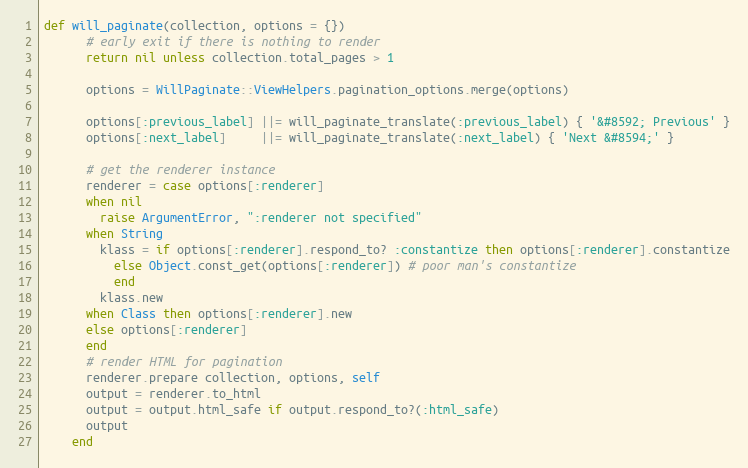
Language: Ruby
def will_paginate(collection, options = {})
      # early exit if there is nothing to render
      return nil unless collection.total_pages > 1

      options = WillPaginate::ViewHelpers.pagination_options.merge(options)

      options[:previous_label] ||= will_paginate_translate(:previous_label) { '&#8592; Previous' }
      options[:next_label]     ||= will_paginate_translate(:next_label) { 'Next &#8594;' }

      # get the renderer instance
      renderer = case options[:renderer]
      when nil
        raise ArgumentError, ":renderer not specified"
      when String
        klass = if options[:renderer].respond_to? :constantize then options[:renderer].constantize
          else Object.const_get(options[:renderer]) # poor man's constantize
          end
        klass.new
      when Class then options[:renderer].new
      else options[:renderer]
      end
      # render HTML for pagination
      renderer.prepare collection, options, self
      output = renderer.to_html
      output = output.html_safe if output.respond_to?(:html_safe)
      output
    end